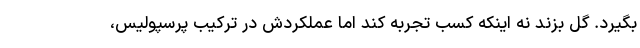
بگیرد. گل بزند نه اینکه کسب تجربه کند اما عملکردش در ترکیب پرسپولیس،